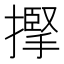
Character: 𢴡